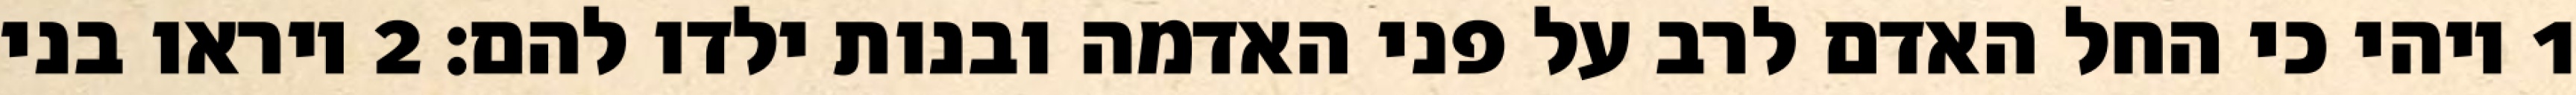
1 ויהי כי החל האדם לרב על פני האדמה ובנות ילדו להם׃ ‎2‏ ויראו בני